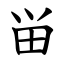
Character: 畄